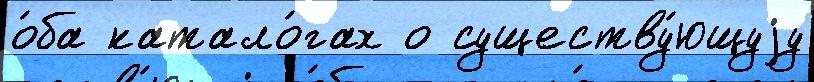
о́ба катало́гах о существу́ющуjу